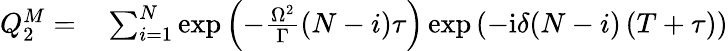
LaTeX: \begin{array}{rl}{Q_{2}^{M}=}&{{}\sum_{i=1}^{N}\exp\left(-\frac{\Omega^{2}}{\Gamma}(N-i)\tau\right)\exp\left(-\mathrm{i}\delta(N-i)\left(T+\tau\right)\right)}\end{array}